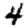
Digit: 4